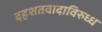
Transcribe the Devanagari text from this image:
दहशतवादाविरुध्ध